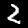
Label: 2